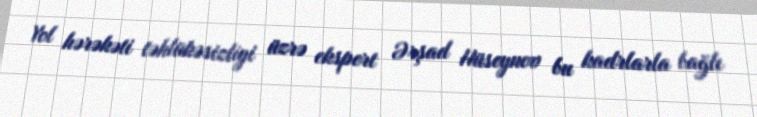
Yol hərəkəti təhlükəsizliyi üzrə ekspert Ərşad Hüseynov bu kadrlarla bağlı